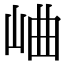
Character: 𪨰